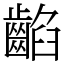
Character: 䶟